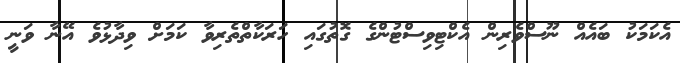
އެކަމަކު ބައެއް ނޫސްވެރިން އެކްޓިވިސްޓުންގެ ގޮތުގައި ހަރަކާތްތެރިވާ ކަމަށް ވިދާޅުވެ އޭނާ ވަނީ